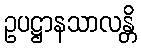
ဥပဋ္ဌာနသာလန္တိ